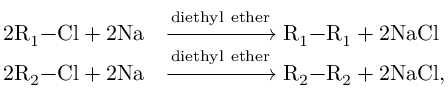
\begin{array} { r l } { 2 \mathrm { R } _ { 1 } \mathrm { - C l } + 2 \mathrm { N a } } & { \xrightarrow [ ] { \mathrm { d i e t h y l ~ e t h e r } } \mathrm { R } _ { 1 } \mathrm { - R } _ { 1 } + 2 \mathrm { N a C l } } \\ { 2 \mathrm { R } _ { 2 } \mathrm { - C l } + 2 \mathrm { N a } } & { \xrightarrow [ ] { \mathrm { d i e t h y l ~ e t h e r } } \mathrm { R } _ { 2 } \mathrm { - R } _ { 2 } + 2 \mathrm { N a C l } , } \end{array}